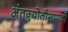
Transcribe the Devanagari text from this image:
अंतज्र्योतीसारखी